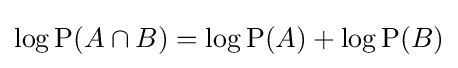
\log \mathrm {P} (A\cap B)=\log \mathrm {P} (A)+\log \mathrm {P} (B)